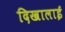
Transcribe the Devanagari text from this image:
दिखालाई